Annual report on the working of the lock hospitals in the Central Provinces
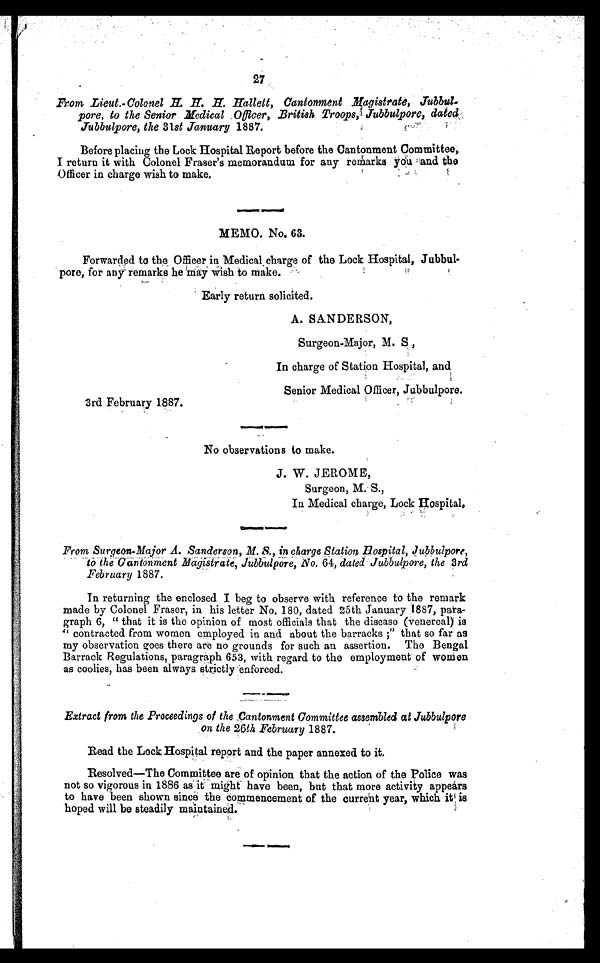
27
From Lieut.-Colonel H. H . H. Hallett, Cantonment Magistrate, Jubb
u l p o r e , t o t h e S e n i o r M e d i c a l O f f i c e r , B r i t i s h T r o o p s , J u b b u l p o r e , d a t e d
Jubbulpore, the 31st January 1887.
Before placing the Lock Hospital Report before the Cantonment Committee,
I return it with Colonel Fraser's memorandum for any remarks you and the
Officer in charge wish to make.
MEMO. No. 63.
Forwarded to the Officer in Medical, charge of the Lock Hospital, Jubbul
pore, for any remarks he may Wish to make.
Early return solicited.
A. SANDERSON,
Surgeon-Major, M. S ,
In charge of Station Hospital, and
Senior Medical Officer, Jubbulpore.
3rd February 1887.
No observations to make.
J. W. JEROME,
Surgeon, M. S.,
In Medical charge, Lock Hospital.
From Surgeon-Major A. Sanderson, M. S., in charge Station Hospital, Jubbulpore,
to the Cantonment Magistrate Jubbulpore, No. 64, dated Jubbulpore, the 3rd
February 1887.
In returning the enclosed I beg to observe with reference to the remark
made by Colonel Fraser, in his letter No. 180, dated 25th January 1887, para
graph 6, " that it is the opinion of most officials that the disease (venereal) is
''c o n t r a c t e d f r o m w o m e n e m p l o y e d i n a n d a b o u t t h e b a r r a c k s ; " t h a t s o f a r a s
my observation goes there are no grounds for such an assertion. The Bengal
Barrack Regulations, paragraph 653, with regard to the employment of women
as coolies, has been always strictly enforced.
Extract from the Proceedings of the Cantonment Committee assembled at Jubbulpore
on the
26th February 1887.
Read the Lock Hospital report and the paper annexed to it.
Resolved—The Committee are of opinion that the action of the Police was
not so vigorous in 1886 as it might have been, but that more activity appears
to have been shown since the commencement of the current year, which it is
hoped will be steadily maintained.